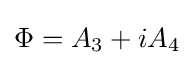
\Phi =A_{3}+iA_{4}